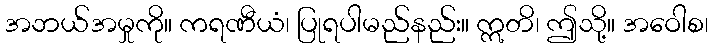
အဘယ်အမှုကို။ ကရဏီယံ၊ ပြုရပါမည်နည်း။ ဣတိ၊ ဤသို့။ အဝေါစ၊